Civil Veterinary Dept. Assam report 1911-1927 - 1911-1927
Year: 1911
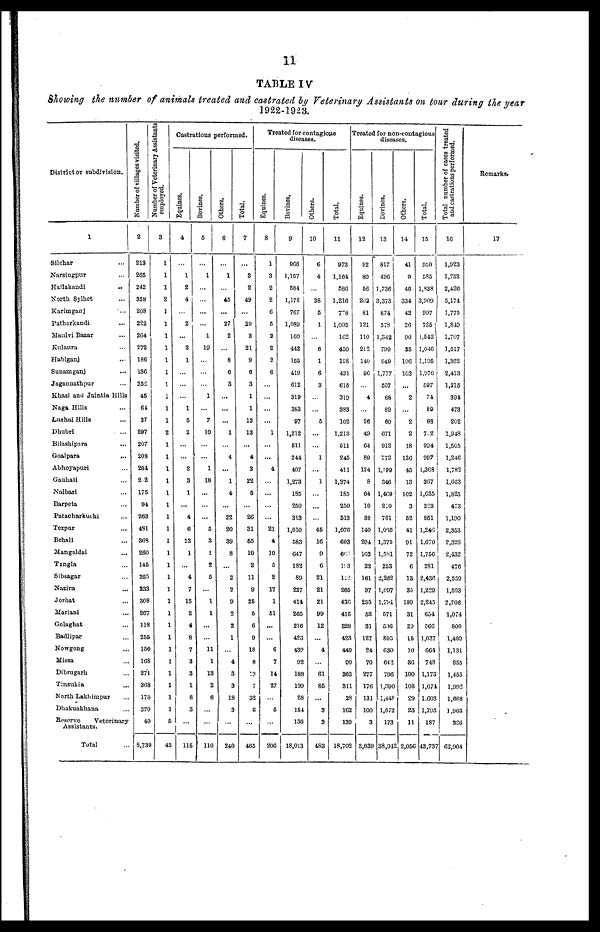
11
TABLE IV
Showing the number of animals treated and castrated by Veterinary Assistants on tour during the year
1922-1923.
District or subdivision.
1
Silchar ...
Narsingpur ...
Hailakandi
...
North Sylhet ...
Karimganj ...
Patharkandi ...
Maulvi Bazar ...
Kulaura ...
Habiganj ...
Sunamganj ...
Jagannathpur ...
Khasi and Jaintia Hills
Naga Hills ...
Lushai Hills ...
Dhubri ...
Bilashipara ...
Goalpara
...
Abhoyapuri ...
Gauhati ...
Nalbari ...
Barpeta ...
Patacharkuchi ...
Tezpur ...
Behali ...
Mangaldai ...
Tangla ...
Sibsagar ...
Nazira ...
Jorhat ...
Mariani ...
Golaghat ...
Badlipar ...
Nowgong ...
Missa ...
Dibrugarh ...
Tinsukia ...
North Lakhimpur ...
Dhakuakhana ...
Reserve
Veterinary
Assistants.
Total ...
Number of villages visited.
2
213
265
242
358
208
222
204
272
186
136
252
45
61
37
297
207
208
284
2.2
175
94
263
481
363
260
145
265
233
308
267
118
255
150
168
271
368
178
370
40
8,739
Number of veterinary Assistants
employed.
3
...
...
...
...
...
...
...
...
...
...
...
...
...
...
...
...
...
...
...
...
...
...
...
...
...
...
...
...
...
...
...
...
...
...
...
...
...
...
5
45
Castrations performed.
Equines.
4
...
1
2
4
...
2
...
2
1
...
...
...
1
5
2
...
...
2
3
1
...
4
6
13
1
...
4
7
15
2
4
8
7
3
3
1
8
3
...
116
Bovines.
5
...
1
...
...
...
...
1
10
...
...
...
1
...
7
10
...
...
1
18
...
...
...
5
3
1
2
5
...
1
1
...
...
11
1
13
3
6
...
...
110
Others.
6
...
1
...
45
...
27
2
...
8
6
3
...
...
...
1
...
4
...
1
4
...
22
20
39
8
...
2
2
9
2
2
1
...
4
3
3
18
3
...
240
Total.
7
...
3
2
49
...
20
3
21
9
6
3
1
1
12
13
...
4
3
22
5
...
26
31
55
10
2
11
9
25
5
6
9
18
8
19
7
32
C
...
465
Treated for contagions
diseases.
Equines.
8
1
3
2
2
6
5
2
2
2
6
...
...
...
...
1
...
...
4
...
...
...
...
21
4
10
5
2
17
1
51
...
...
6
7
14
27
...
5
...
206
Bovines.
9
966
1,157
584
1,176
767
1,089
160
442
155
419
612
319
363
97
1,212
511
244
407
1,273
185
250
313
1,010
583
647
182
89
227
414
265
216
423
439
92
188
199
28
154
136
18,013
Others.
10
6
4
...
38
5
1
...
6
1
6
3
...
...
5
...
...
1
...
1
...
...
...
45
16
9
6
21
21
21
99
12
...
4
...
61
86
...
3
3
483
Total.
11
973
1,164
586
1,216
778
1.095
162
450
158
431
615
319
383
102
1,213
511
246
411
1,274
185
250
313
1,076
603
600
193
112
265
436
416
228
423
449
99
263
311
28
162
139
18,702
Treated for non-contagious
diseases.
Equines.
12
92
80
56
202
81
121
110
212
140
96
...
4
...
26
49
64
89
124
8
64
10
38
140
204
103
22
161
97
255
52
31
127
24
70
277
176
131
100
3
3,639
Bovines.
13
817
496
1,736
3,373
874
578
1,342
799
949
1,777
597
68
89
60
671
912
772
1,199
346
1,469
220
761
1,065
1,375
1,581
253
2,232
1,097
1,791
571
506
895
630
642
796
1,390
1,448
1,672
173
38,04
Others.
14
41
9
46
334
42
26
90
35
106
103
...
2
...
2
2
18
136
46
13
102
3
52
41
91
72
6
13
35
199
31
29
15
10
36
100
108
29
23
11
2,056
Total.
15
950
585
1,838
3,909
997
725
1,542
1,046
1,195
1,976
597
74
89
88
772
994
997
1,368
307
1,635
223
861
1,246
1,670
1,756
281
2,436
1,229
2,245
654
566
1,037
664
748
1,173
1,674
1,608
1,795
187
43,73
Total number of cases treated
and castrations performed.
16
1,923
1,752
2,426
5,174
1,775
1,849
1,707
1,517
1,362
2,413
1,315
394
473
202
1,943
1,505
1,246
1,782
1,603
1.825
473
1,190
2,353
2,328
2,432
476
2.559
1,503
2,708
1,074
800
1,469
1,131
855
1,455
1,992
1,668
1,963
326
62,904
Remarks.
17